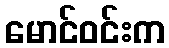
မောင်ဝင်းက